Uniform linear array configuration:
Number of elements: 64
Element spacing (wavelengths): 0.5
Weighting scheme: cosine
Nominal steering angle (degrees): -60
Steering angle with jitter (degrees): -58.033
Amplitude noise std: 0.05
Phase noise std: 0.05

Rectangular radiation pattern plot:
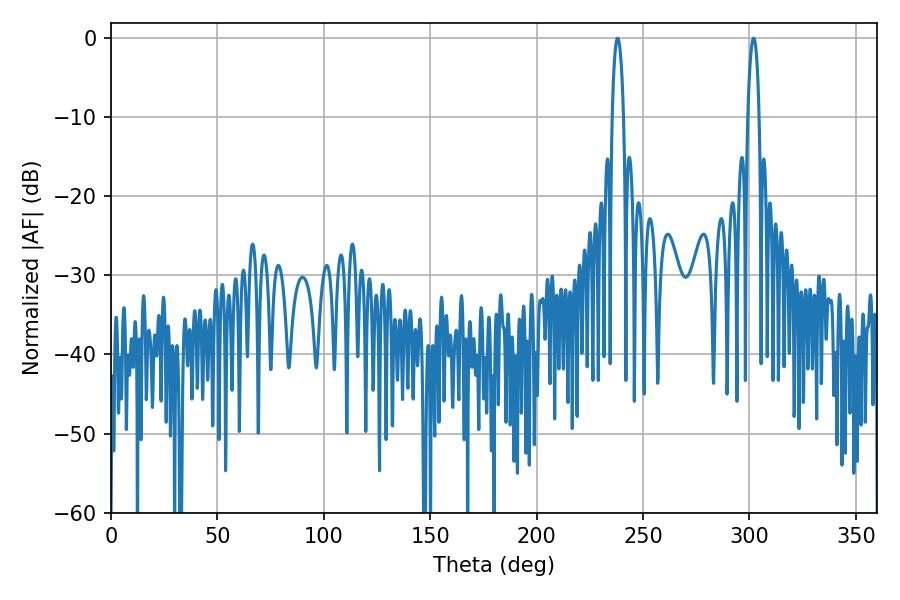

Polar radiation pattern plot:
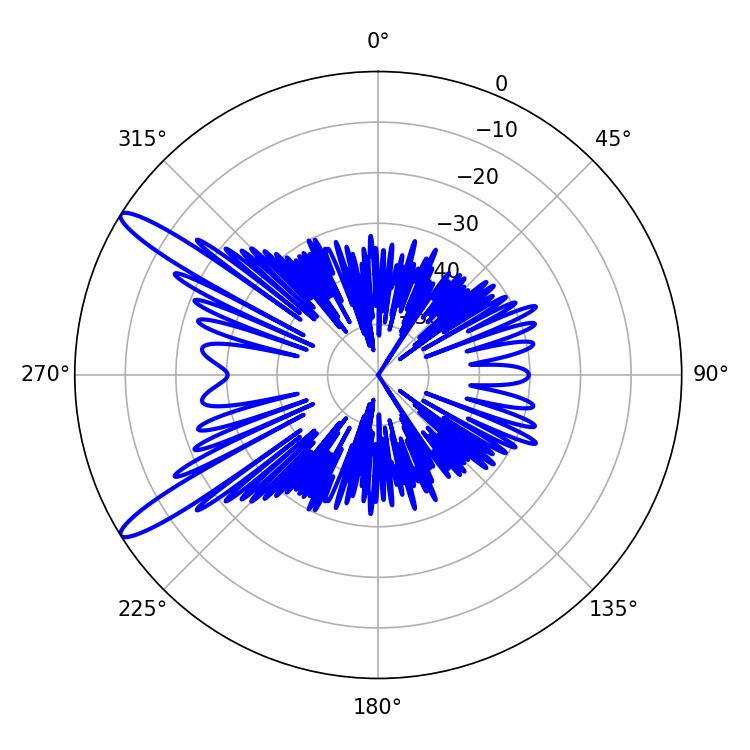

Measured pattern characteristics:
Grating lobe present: FALSE
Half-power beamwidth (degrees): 3.06
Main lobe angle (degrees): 237.96